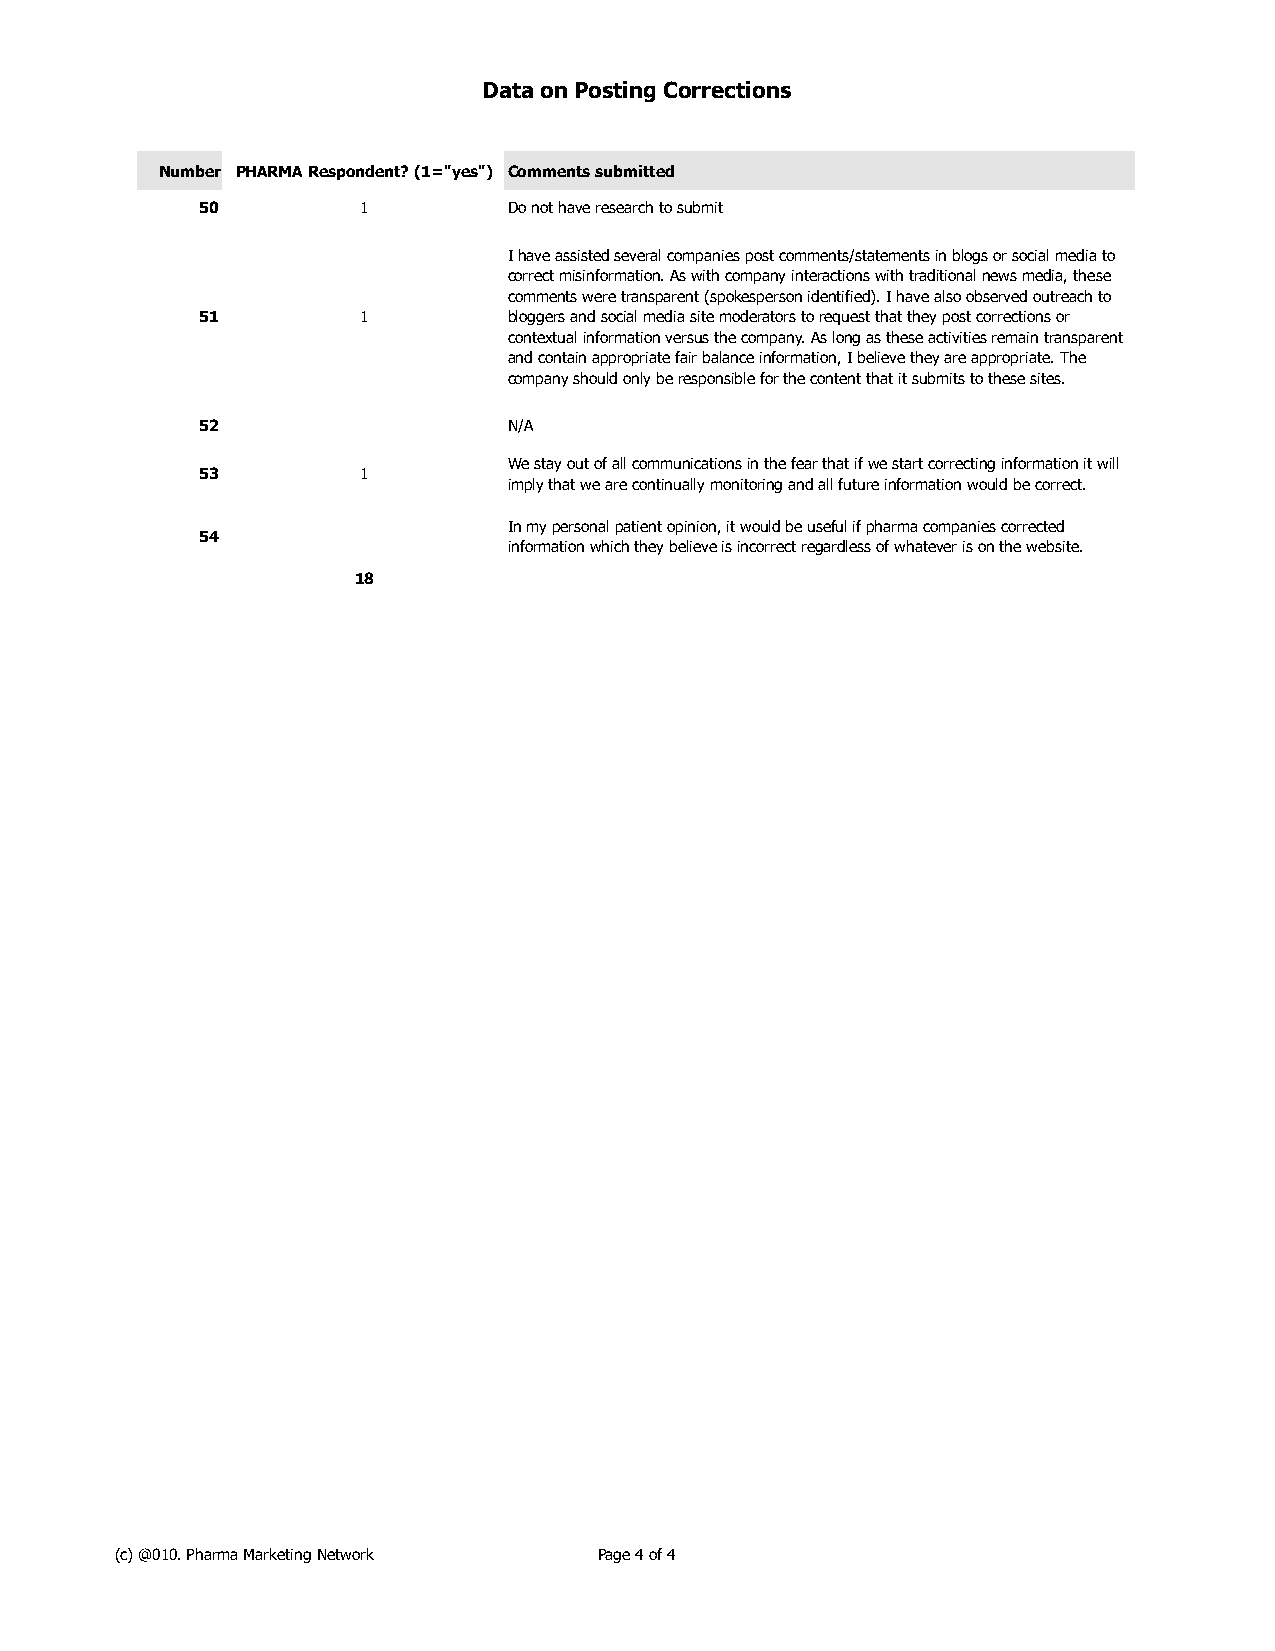
Data on Posting Corrections
 Number PHARMA Respondent? (1="yes") Comments submitted
 50         1         Do not have research to submit
 I have assisted several companies post comments/statements in blogs or social media to
 correct misinformation. As with company interactions with traditional news media, these
 comments were transparent (spokesperson identified). I have also observed outreach to
 51         1         bloggers and social media site moderators to request that they post corrections or
 contextual information versus the company. As long as these activities remain transparent
 and contain appropriate fair balance information, I believe they are appropriate. The
 company should only be responsible for the content that it submits to these sites.
 52                   N/A
 We stay out of all communications in the fear that if we start correcting information it will
 53         1
 imply that we are continually monitoring and all future information would be correct.
 In my personal patient opinion, it would be useful if pharma companies corrected
 54
 information which they believe is incorrect regardless of whatever is on the website.
 18
 (c) @010. Pharma Marketing Network Page 4 of 4